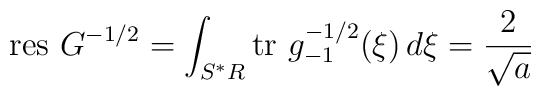
\mbox{res}\ G^{-1/2} = \int_{S^*R} \mbox{tr}\ g^{-1/2}_{-1} (\xi) \, d\xi = \frac{2}{\sqrt{a}}